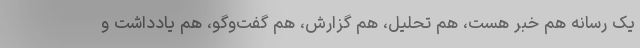
یک رسانه هم خبر هست، هم تحلیل، هم گزارش، هم گفت‌وگو، هم یادداشت و